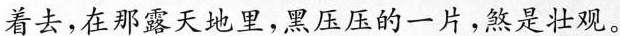
着去，在那露天地里，黑压压的一片，煞是壮观。